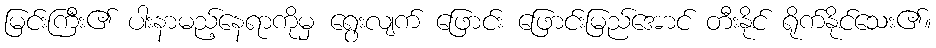
မြင်းကြီး၏ ပါးနာမည့်နေရာကိုမှ ရွေးလျက် ဖြောင်း ဖြောင်းမြည်အောင် တီးနိုင် ရိုက်နိုင်သေး၏။